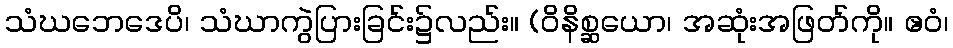
သံဃဘေဒေပိ၊ သံဃာကွဲပြားခြင်း၌လည်း။ (ဝိနိစ္ဆယော၊ အဆုံးအဖြတ်ကို။ ဧဝံ၊